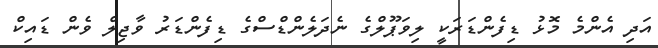
އަދި އެންމެ މޮޅު ޑިފެންޑަރަކީ ލިވަޕޫލްގެ ނެދަލެންޑްސްގެ ޑިފެންޑަރު ވާޖިލް ވެން ޑައިކް